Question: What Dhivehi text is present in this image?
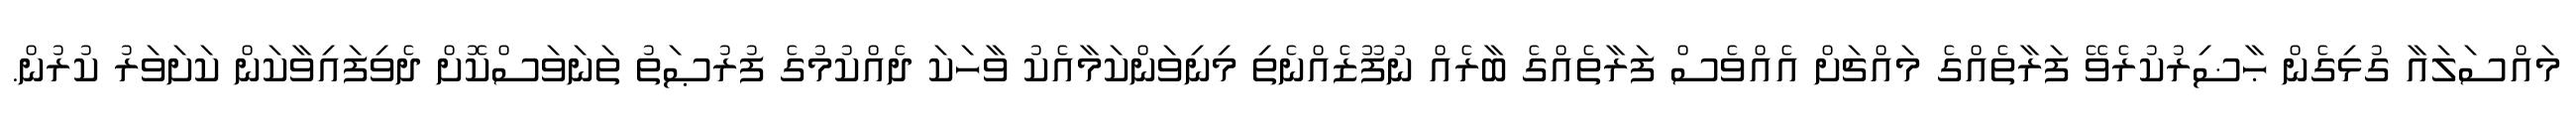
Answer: މައްސަލައާ ގުޅިގެން ޙާޟިރުކުރެވޭ ފަރާތެއްގެ މައްޗަށް އެއްވެސް ފަރާތެއްގެ ބާރެއް ނުފޫޒެއްނެތި މިނިވަންކަމާއެކު ވާހަކަ ދެއްކުމުގެ ފުރުޞަތު ތަނަވަސްކޮށް ދެވިފައިވާކަން ކަށަވަރު ކުރުން.